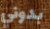
بدوني